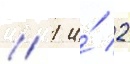
/ 1 и́ 2